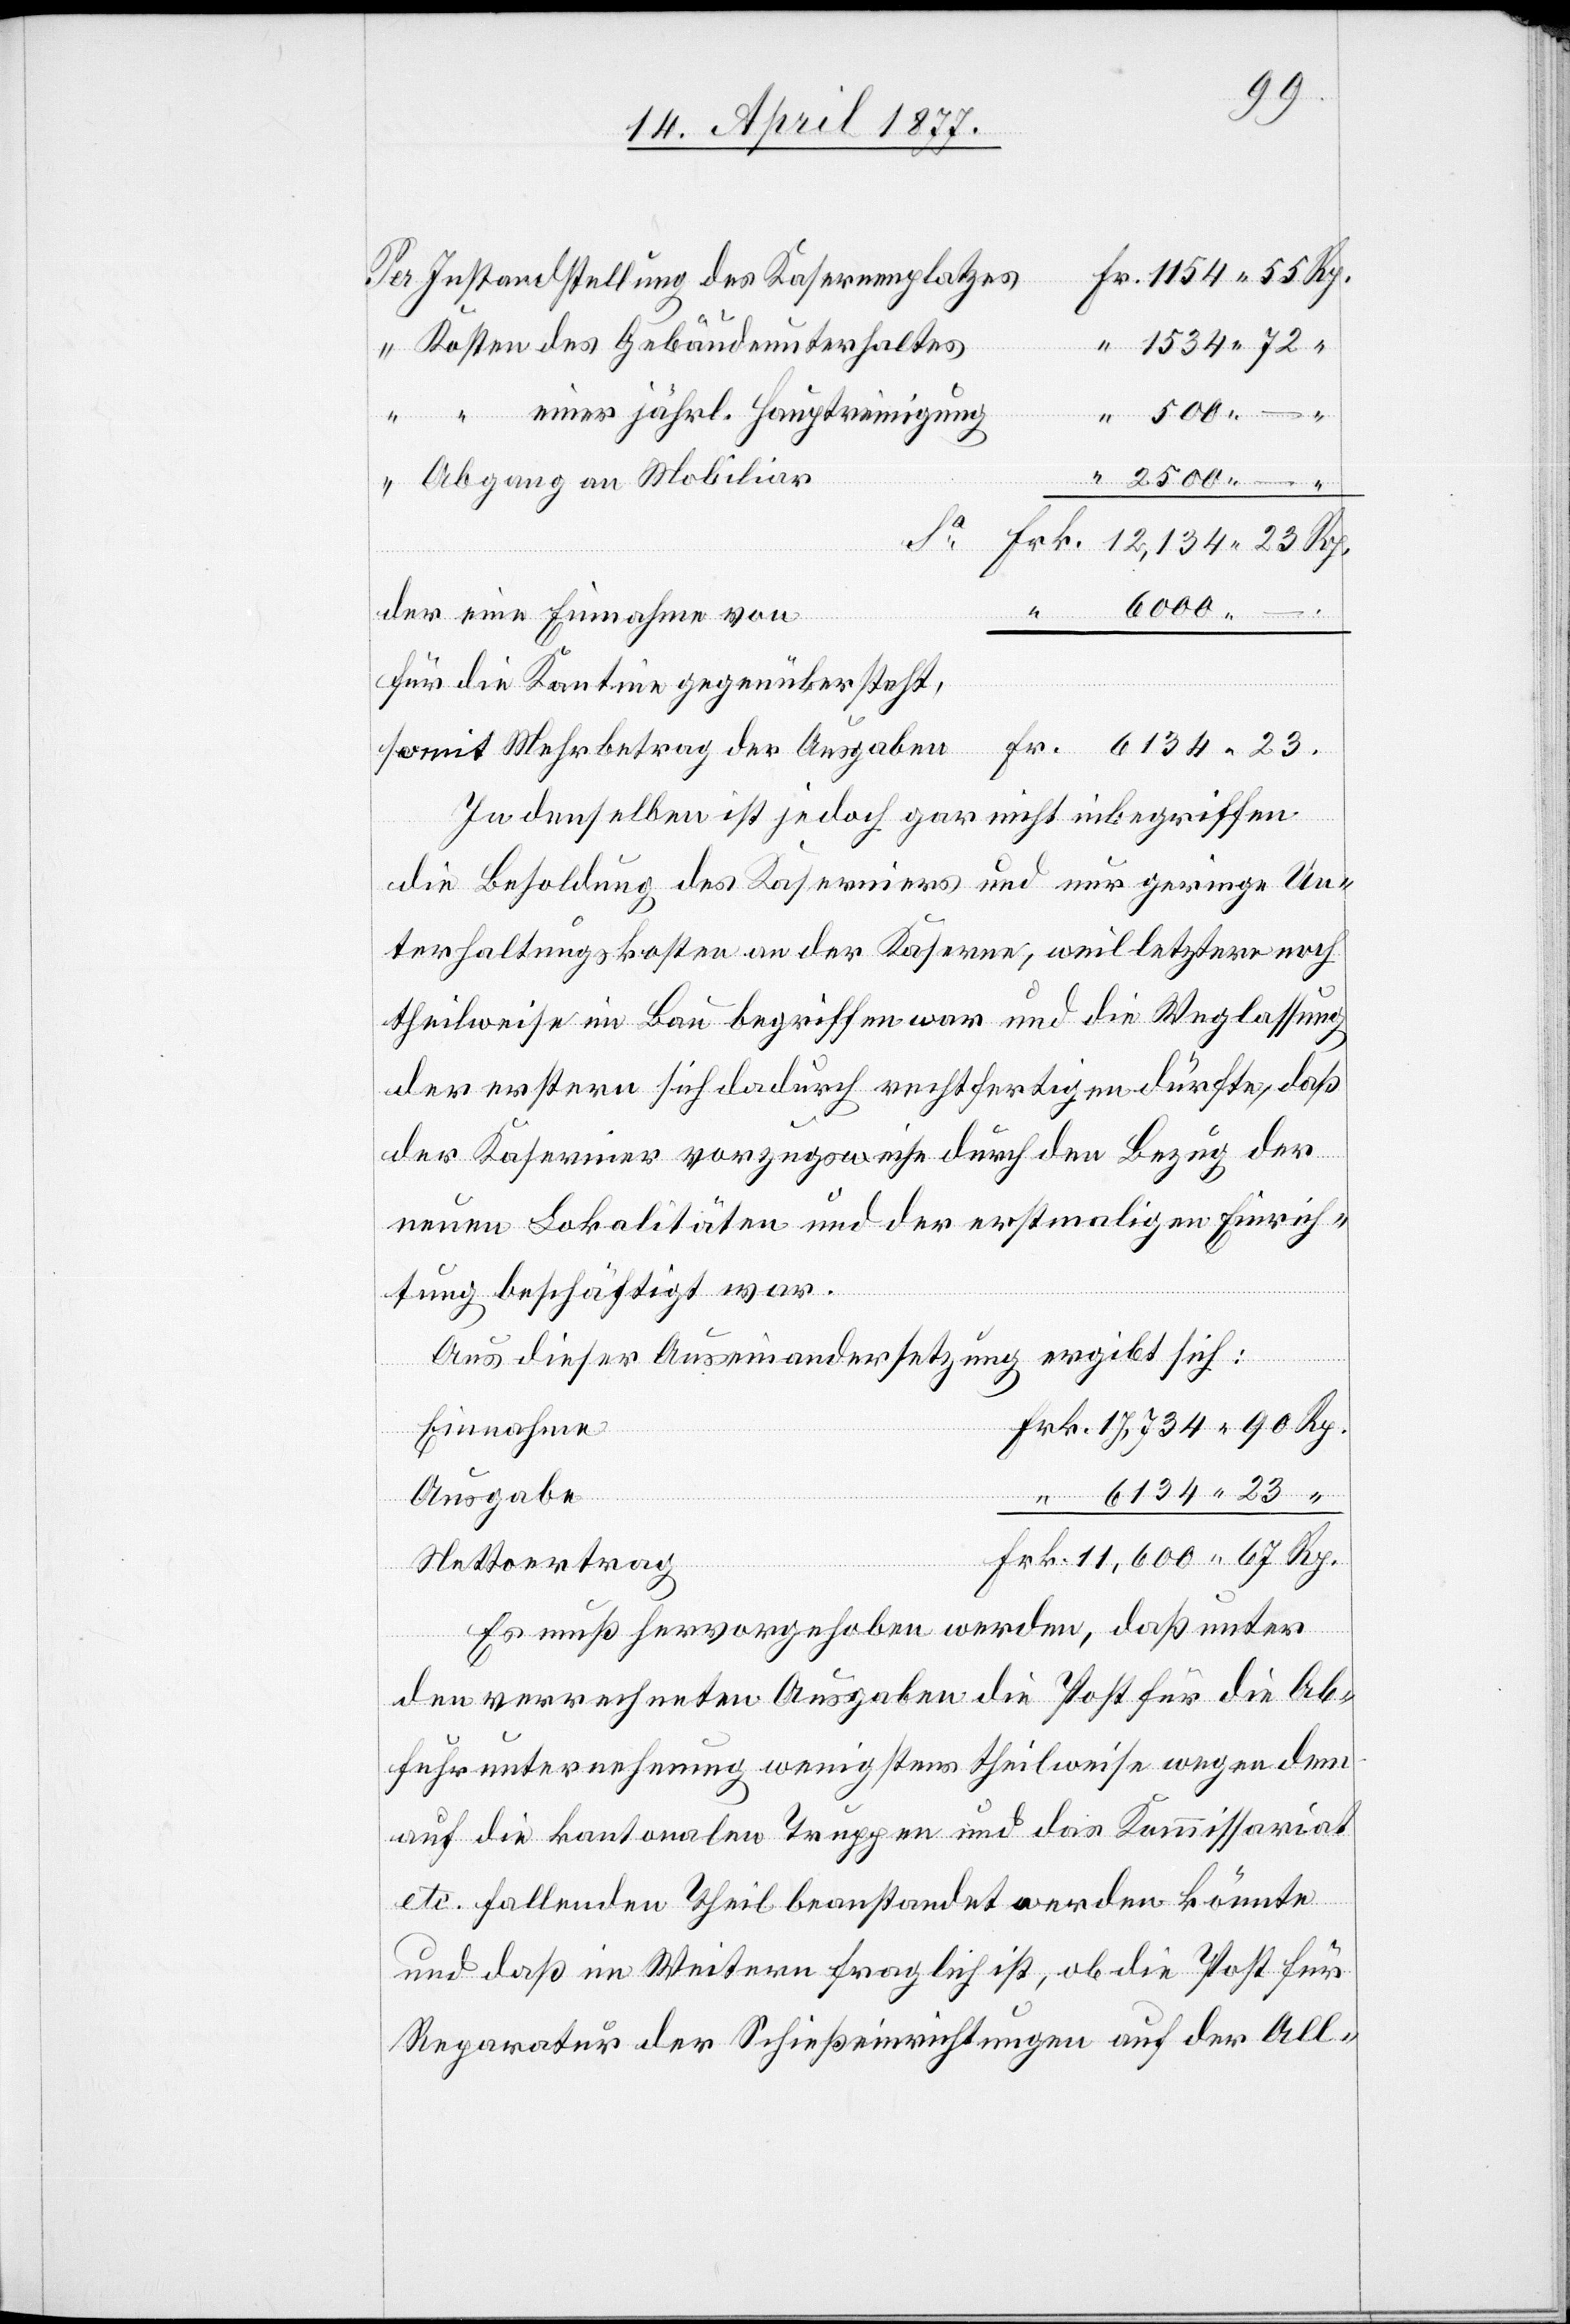
90
Instandstellung des Kasernenplatzes
einer jährl. Hauptreinigung
Abgang an Mobiliar
6000
der eine Einnahme von
somit Mehrbetrag
für die Kantine gegenübersteht,
In denselben ist jedoch gar nicht inbegriffen
die Besoldung des Kaserniers und nur geringe Un¬
terhaltungskosten an der Kaserne, weil letztere noch
theilweise im Bau begriffen war und die Weglassung
der erstern sich dadurch rechtfertigen dürfte, daß
der Kasernier vorzugsweise durch den Bezug der
neuen Lokalitäten und der erstmaligen Einrich¬
tung beschäftigt war.
Aus dieser Auseinandersetzung ergibt sich:
Einnahme
Ausgabe
Rp.
Nettoertrag
Es muß hervorgehoben werden, daß unter
den verrechneten Ausgaben die Post für die Ab¬
fuhrunternehmung wenigstens theilweise wegen dem
auf die kantonalen Truppen und das Kommissariat
etc. fallenden Theil beanstandet werden könnte
und daß im Weitern fraglich ist, ob die Post für
Reparatur der Schießeinrichtungen auf der All-

Gebäud¬